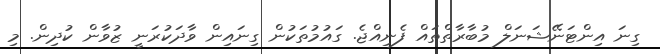
ގިނަ އިންޓަނޭޝަނަލް މުބާރާތްތައް ފެނިއްޖެ. ގައުމުތަކުން ގިނައިން ވާދަކުރަނީ ޒުވާން ކުދިން. މި